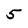
Character: 5